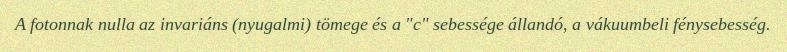
A fotonnak nulla az invariáns (nyugalmi) tömege és a "c" sebessége állandó, a vákuumbeli fénysebesség.